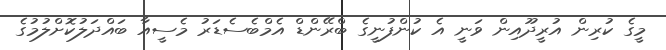
މީގެ ކުރިން އުރީދޫއިން ވަނީ އެ ކުންފުނީގެ ބްރޭންޑް އެމްބެސެޑަރު މެސީއާ ބައްދަލުކޮށްލުމުގެ